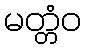
မတ္တံဝ